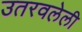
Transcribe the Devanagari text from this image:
उतरवलेली